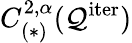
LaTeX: C_{(*)}^{2,\alpha}(\mathcal{Q}^{\mathrm{iter}})